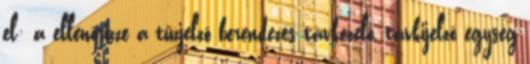
el: a ellenõrizze a tûzjelzõ berendezés távkezelõ, távkijelzõ egység